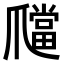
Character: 𤔶